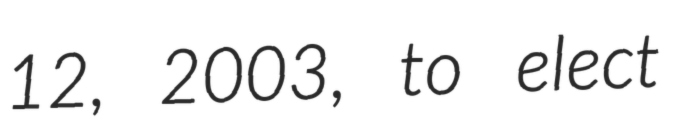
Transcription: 12, 2003, to elect